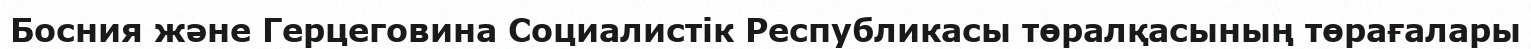
Босния және Герцеговина Социалистік Республикасы төралқасының төрағалары